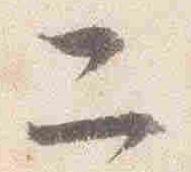
二